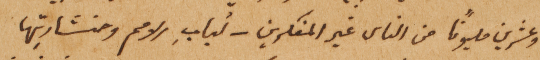
وعشرين مليوناً من الناس غير المفكرين – أربابِ الامم ومنشارتها